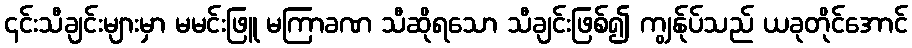
၎င်းသီချင်းများမှာ မမင်းဖြူ မကြာခဏ သီဆိုရသော သီချင်းဖြစ်၍ ကျွန်ုပ်သည် ယခုတိုင်အောင်